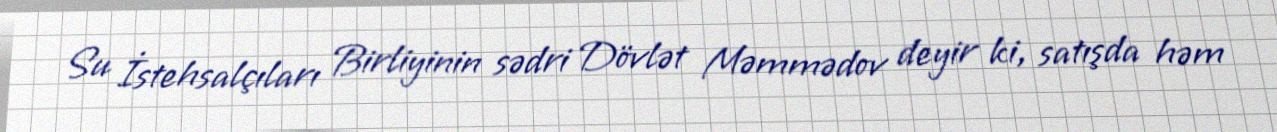
Su İstehsalçıları Birliyinin sədri Dövlət Məmmədov deyir ki, satışda həm